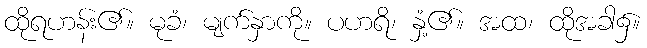
ထိုရဟန်း၏။ မုခံ၊ မျက်နှာကို။ ပဟရိ၊ နှံ့၏။ အထ၊ ထိုအခါ၌။